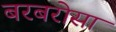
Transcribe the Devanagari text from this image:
बरबरोसा